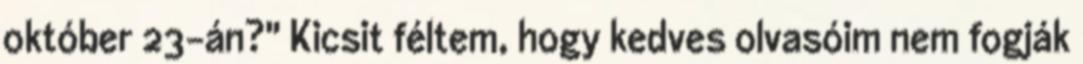
október 23-án?" Kicsit féltem, hogy kedves olvasóim nem fogják